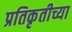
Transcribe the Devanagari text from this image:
प्रतिकृतीच्या